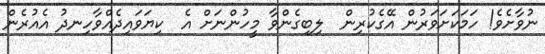
ނުވާށެވެ! ހަމަކަށަވަރުން އޭގެކުރިން  ލިބިގެންވާ މީހުންނަށް އެ  ކިޔަވައިދެއްވާހިނދު އެއުރެން